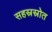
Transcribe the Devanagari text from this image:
सहस्रस्रोत